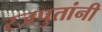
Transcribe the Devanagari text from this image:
रजपुतांनी